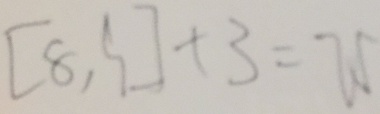
( 8 , 9 ) + 3 = 7 5